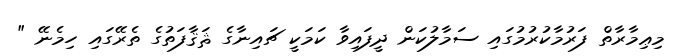
މިޢިމާރާތް ފަރުމާކުރުމުގައި ސަމާލުކަން ދީފައިވާ ކަމަކީ ޗައިނާގެ ޘަޤާފަތުގެ ތެރޭގައި ހިމެނޭ "